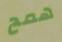
همج